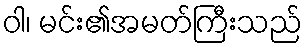
ဝါ၊ မင်း၏အမတ်ကြီးသည်